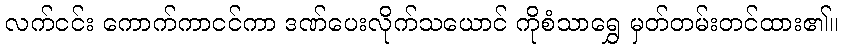
လက်ငင်း ကောက်ကာငင်ကာ ဒဏ်ပေးလိုက်သယောင် ကိုစံသာရွှေ မှတ်တမ်းတင်ထား၏။